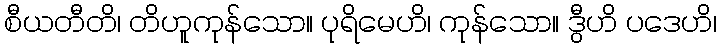
စီယတီတိ၊ တိဟူကုန်သော။ ပုရိမေဟိ၊ ကုန်သော။ ဒွီဟိ ပဒေဟိ၊